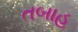
તબાહ